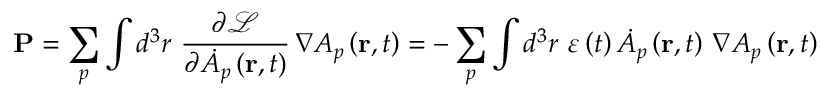
\mathbf { P } = \sum _ { p } \int d ^ { 3 } r \, \, \frac { \partial \mathcal { L } } { \partial \dot { A } _ { p } \left( \mathbf { r } , t \right) } \, \nabla A _ { p } \left( \mathbf { r } , t \right) = - \sum _ { p } \int d ^ { 3 } r \, \, \varepsilon \left( t \right) \dot { A } _ { p } \left( \mathbf { r } , t \right) \, \nabla A _ { p } \left( \mathbf { r } , t \right)